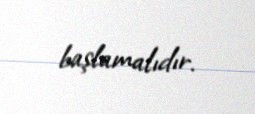
başlamalıdır.